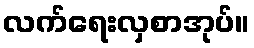
လက်ရေးလှစာအုပ်။